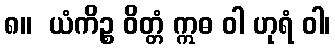
၈။  ယံကိဉ္စ ဝိတ္တံ ဣဓ ဝါ ဟုရံ ဝါ၊